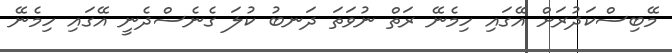
މޭބިސްކަދުރަށް އޭގައި ހިމެނޭ ރަތް ނުވަތަ ދަނބު ކުލަ ގެނެސްދެނީ އޭގައި ހިމެނޭ